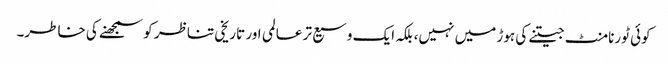
کوئی ٹورنامنٹ جیتنے کی ہوڑ میں نہیں، بلکہ ایک وسیع تر عالمی اور تاریخی تناظر کو سمجھنے کی خاطر۔